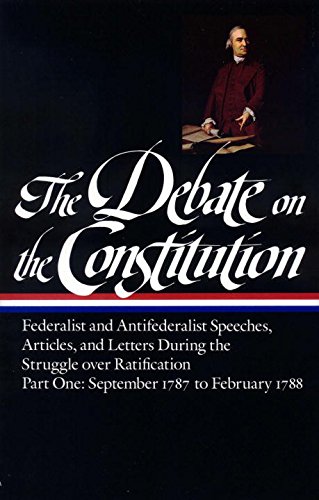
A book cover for The Debate on the Constitution : Federalist and Antifederalist Speeches, Articles, and Letters During the Struggle over Ratification : Part One, September 1787-February 1788 (Library of America); Various; History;